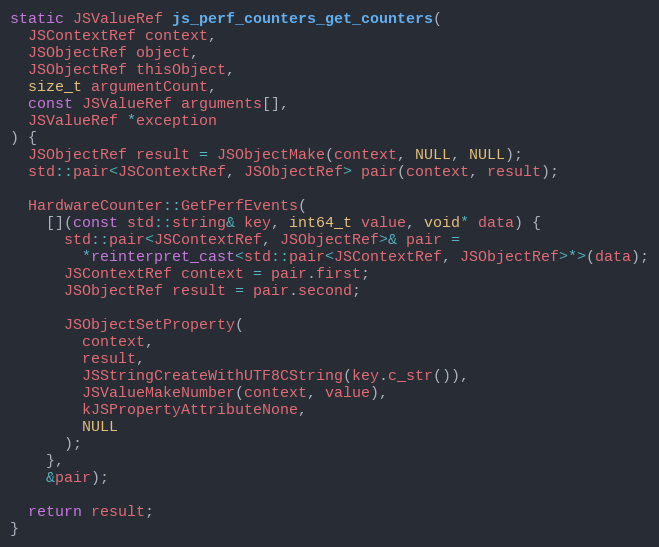
Language: C++
static JSValueRef js_perf_counters_get_counters(
  JSContextRef context,
  JSObjectRef object,
  JSObjectRef thisObject,
  size_t argumentCount,
  const JSValueRef arguments[],
  JSValueRef *exception
) {
  JSObjectRef result = JSObjectMake(context, NULL, NULL);
  std::pair<JSContextRef, JSObjectRef> pair(context, result);

  HardwareCounter::GetPerfEvents(
    [](const std::string& key, int64_t value, void* data) {
      std::pair<JSContextRef, JSObjectRef>& pair =
        *reinterpret_cast<std::pair<JSContextRef, JSObjectRef>*>(data);
      JSContextRef context = pair.first;
      JSObjectRef result = pair.second;

      JSObjectSetProperty(
        context,
        result,
        JSStringCreateWithUTF8CString(key.c_str()),
        JSValueMakeNumber(context, value),
        kJSPropertyAttributeNone,
        NULL
      );
    },
    &pair);

  return result;
}